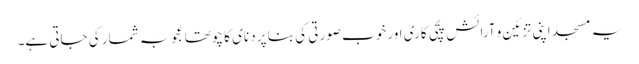
یہ مسجد اپنی تزئین و آرائش پچی کاری اور خوب صورتی کی بنا پر دنای کا چوتھا عجوبہ شمار کی جاتی ہے۔